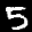
Label: 5